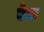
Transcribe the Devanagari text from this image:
एँक